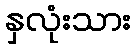
နှလုံးသား